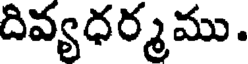
దివ్యధర్మము.